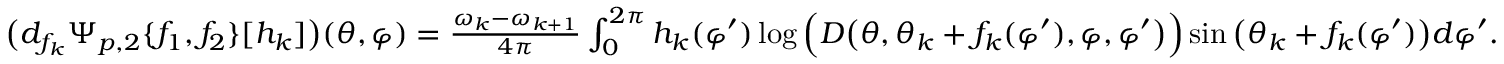
\begin{array} { r } { \big ( d _ { f _ { k } } \Psi _ { p , 2 } \{ f _ { 1 } , f _ { 2 } \} [ h _ { k } ] \big ) ( \theta , \varphi ) = \frac { \omega _ { k } - \omega _ { k + 1 } } { 4 \pi } \int _ { 0 } ^ { 2 \pi } h _ { k } ( \varphi ^ { \prime } ) \log \Big ( D \big ( \theta , \theta _ { k } + f _ { k } ( \varphi ^ { \prime } ) , \varphi , \varphi ^ { \prime } \big ) \Big ) \sin \big ( \theta _ { k } + f _ { k } ( \varphi ^ { \prime } ) \big ) d \varphi ^ { \prime } . } \end{array}